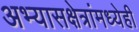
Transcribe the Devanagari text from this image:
अभ्यासक्षेत्रांमध्येही